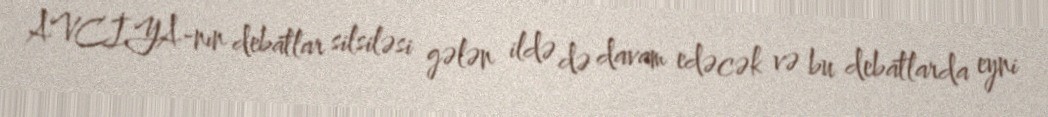
AVCİYA-nın debatlar silsiləsi gələn ildə də davam edəcək və bu debatlarda eyni